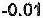
-0.01